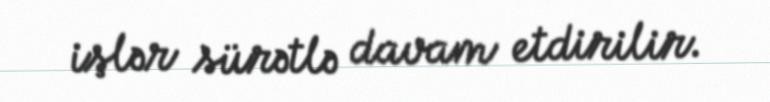
işlər sürətlə davam etdirilir.